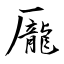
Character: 龎